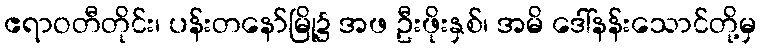
ဧရာဝတီတိုင်း၊ ပန်းတနော်မြို့၌ အဖ ဦးဖိုးနှစ်၊ အမိ ဒေါ်နန်းသောင်တို့မှ